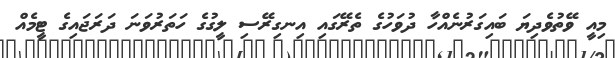
މިއީ ވޭތުވެދިޔަ ބައިގަރުނެއްހާ ދުވަހުގެ ތެރޭގައި އިނގިރޭސި ލީގުގެ ހަތަރުވަނަ ދަރަޖައިގެ ޓީމެއް